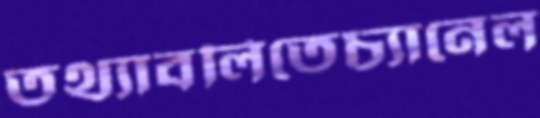
তথ্যাবলিতেচ্যানেল